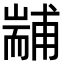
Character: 𦓞